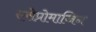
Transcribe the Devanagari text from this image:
एसेप्रोमाजिन